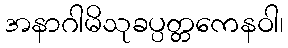
အနာဂါမိသုခပ္ပတ္တကေနဝါ၊